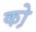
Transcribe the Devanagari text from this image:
को़